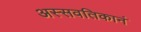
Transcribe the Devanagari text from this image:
अस्सवतिकानं